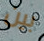
بين